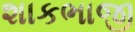
શાકભાજી